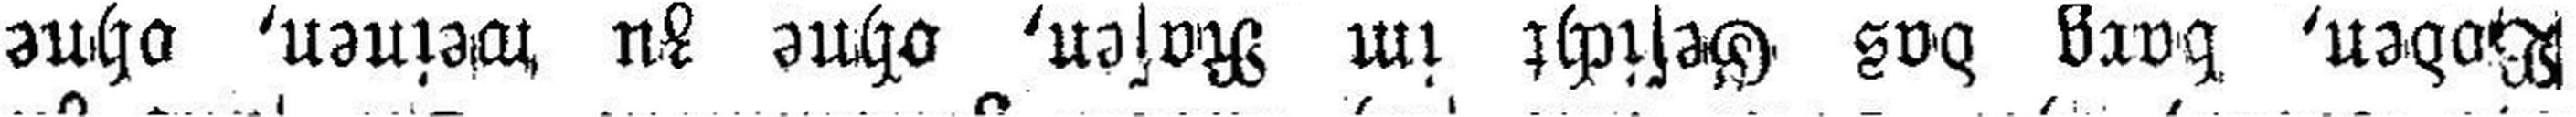
Boden, barg das Gesicht im Rasen, ohne zu weinen, ohne